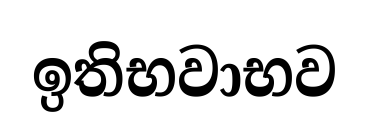
ඉතිභවාභව